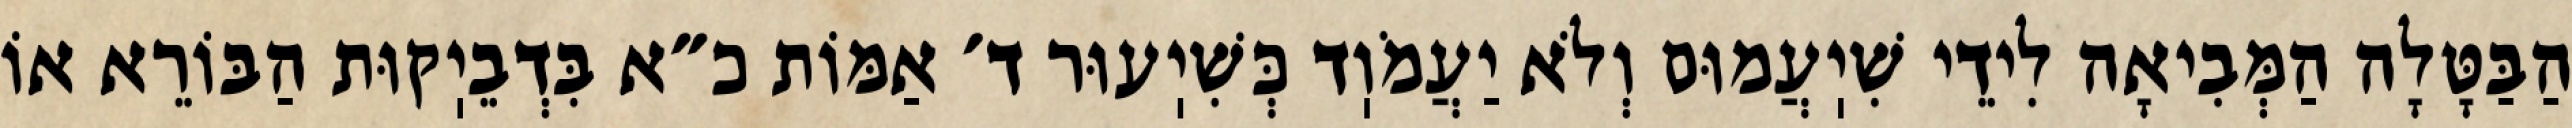
הַבַּטָּלָה הַמְּבִיאָה לִידֵי שִׁיֽעֲמוּם וְלֹא יַעֲמֹוֽד כְּשִׁיֽעוּר ד׳ אַמּוֹת כ״א בִּדְבֵיֽקוּת הַבּוֹרֵא אוֹ